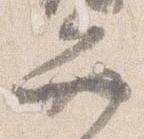
弁